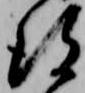
彼